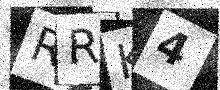
Text: RRK4